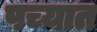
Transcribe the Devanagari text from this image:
पच्यात